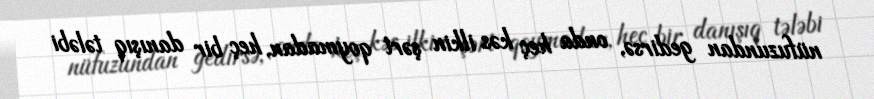
nüfuzundan gedirsə, onda heç kəs ilkin şərt qoymadan, heç bir danışıq tələbi